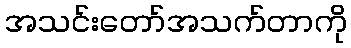
အသင်းတော်အသက်တာကို